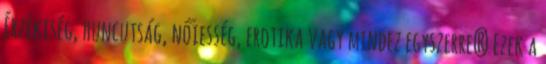
Érzékiség, huncutság, nőiesség, erotika vagy mindez egyszerre? Ezek a